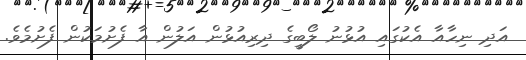
އަދި ނިހާއާ އެކުގައި އުޅުނު ލޯބީގެ ދިރިއުޅުން އަލުން އާ ފެށުމަކުން ފެށުމެވެ.